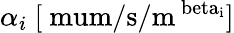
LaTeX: \alpha_{i}\ \mathrm{[\ mum/s/m^{\ beta_{i}}]}